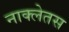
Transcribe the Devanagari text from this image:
नाक्लेतस